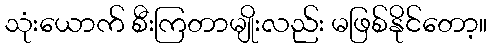
သုံးယောက် စီးကြတာမျိုးလည်း မဖြစ်နိုင်တော့။